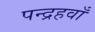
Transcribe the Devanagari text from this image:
पन्द्रहवाँ